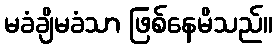
မခံချိမခံသာ ဖြစ်နေမိသည်။